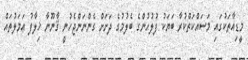
މީޑިއާތަކުގައި މަސައްކަތްކުރާ ބަޔަކު ފުލުހުންގެ ބެލުމުގެ ދަށަށް ގެންނަންޖެހުނީ ޤާނޫނާ ޚިލާފު ޢަމަލުތައް